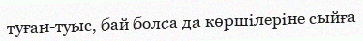
туған-туыс, бай болса да көршілеріне сыйға